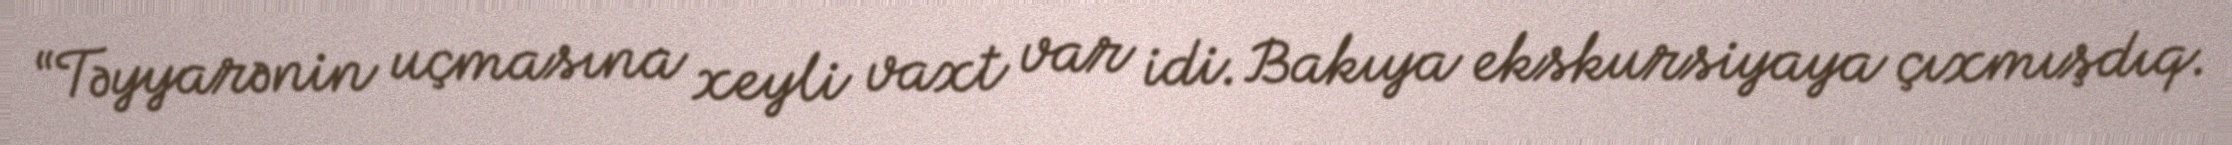
“Təyyarənin uçmasına xeyli vaxt var idi. Bakıya ekskursiyaya çıxmışdıq.